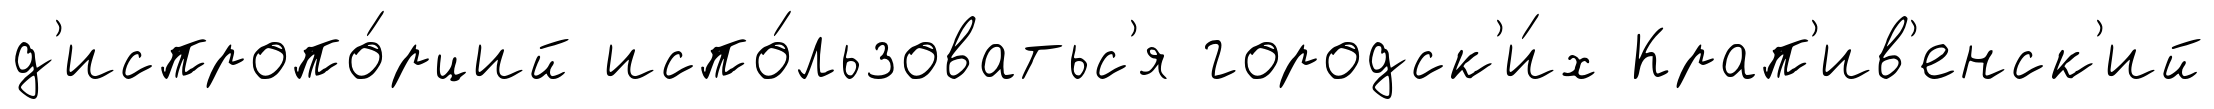
д'испропо́рций испо́льзоватьс'я городск'и́х Крап'ив'енск'ий